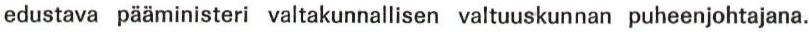
edustava pääministeri valtakunnallisen valtuuskunnan puheenjohtajana.